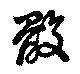
骰